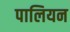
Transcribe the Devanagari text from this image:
पालियन